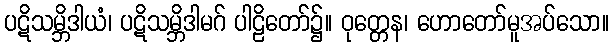
ပဋိသမ္ဘိဒါယံ၊ ပဋိသမ္ဘိဒါမဂ် ပါဠိတော်၌။ ဝုတ္တေန၊ ဟောတော်မူအပ်သော။